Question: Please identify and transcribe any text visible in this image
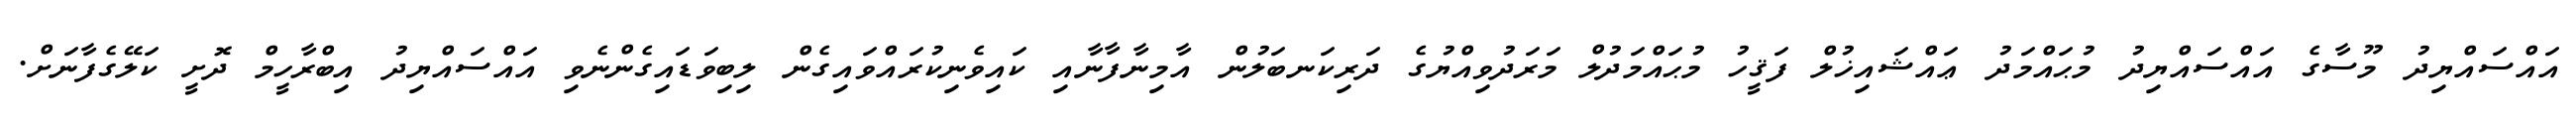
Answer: އައްސައްޔިދު މޫސާގެ އައްސައްޔިދު މުޙައްމަދު ޢައްޝައިޚުލް ފަޤީހު މުޙައްމަދުލް މަރަދުވިއްޔުގެ ދަރިކަނބަލުން އާމިނާފާނާއި ކައިވެނިކުރައްވައިގެން ލިބިވަޑައިގެންނެވި އައްސައްޔިދު އިބްރާހީމް ދޮށީ ކަލޭގެފާނަށް.